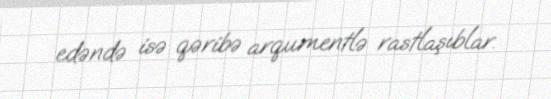
edəndə isə qəribə arqumentlə rastlaşıblar.